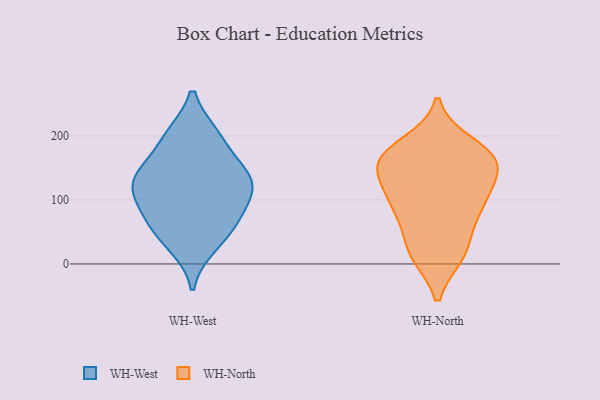
{"axis": {"x": "Revenue (USD Million)", "y": "Value"}, "legend": ["WH-North", "WH-West"], "data": [{"x": "", "y": 145, "type": "WH-West"}, {"x": "", "y": 200, "type": "WH-West"}, {"x": "", "y": 137, "type": "WH-West"}, {"x": "", "y": 138, "type": "WH-West"}, {"x": "", "y": 67, "type": "WH-West"}, {"x": "", "y": 53, "type": "WH-West"}, {"x": "", "y": 199, "type": "WH-West"}, {"x": "", "y": 29, "type": "WH-West"}, {"x": "", "y": 87, "type": "WH-West"}, {"x": "", "y": 111, "type": "WH-West"}, {"x": "", "y": 117, "type": "WH-West"}, {"x": "", "y": 162, "type": "WH-North"}, {"x": "", "y": 164, "type": "WH-North"}, {"x": "", "y": 16, "type": "WH-North"}, {"x": "", "y": 19, "type": "WH-North"}, {"x": "", "y": 88, "type": "WH-North"}, {"x": "", "y": 131, "type": "WH-North"}, {"x": "", "y": 58, "type": "WH-North"}, {"x": "", "y": 92, "type": "WH-North"}, {"x": "", "y": 100, "type": "WH-North"}, {"x": "", "y": 15, "type": "WH-North"}, {"x": "", "y": 154, "type": "WH-North"}, {"x": "", "y": 187, "type": "WH-North"}, {"x": "", "y": 159, "type": "WH-North"}, {"x": "", "y": 153, "type": "WH-North"}, {"x": "", "y": 177, "type": "WH-North"}, {"x": "", "y": 101, "type": "WH-North"}]}